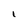
Character: 1